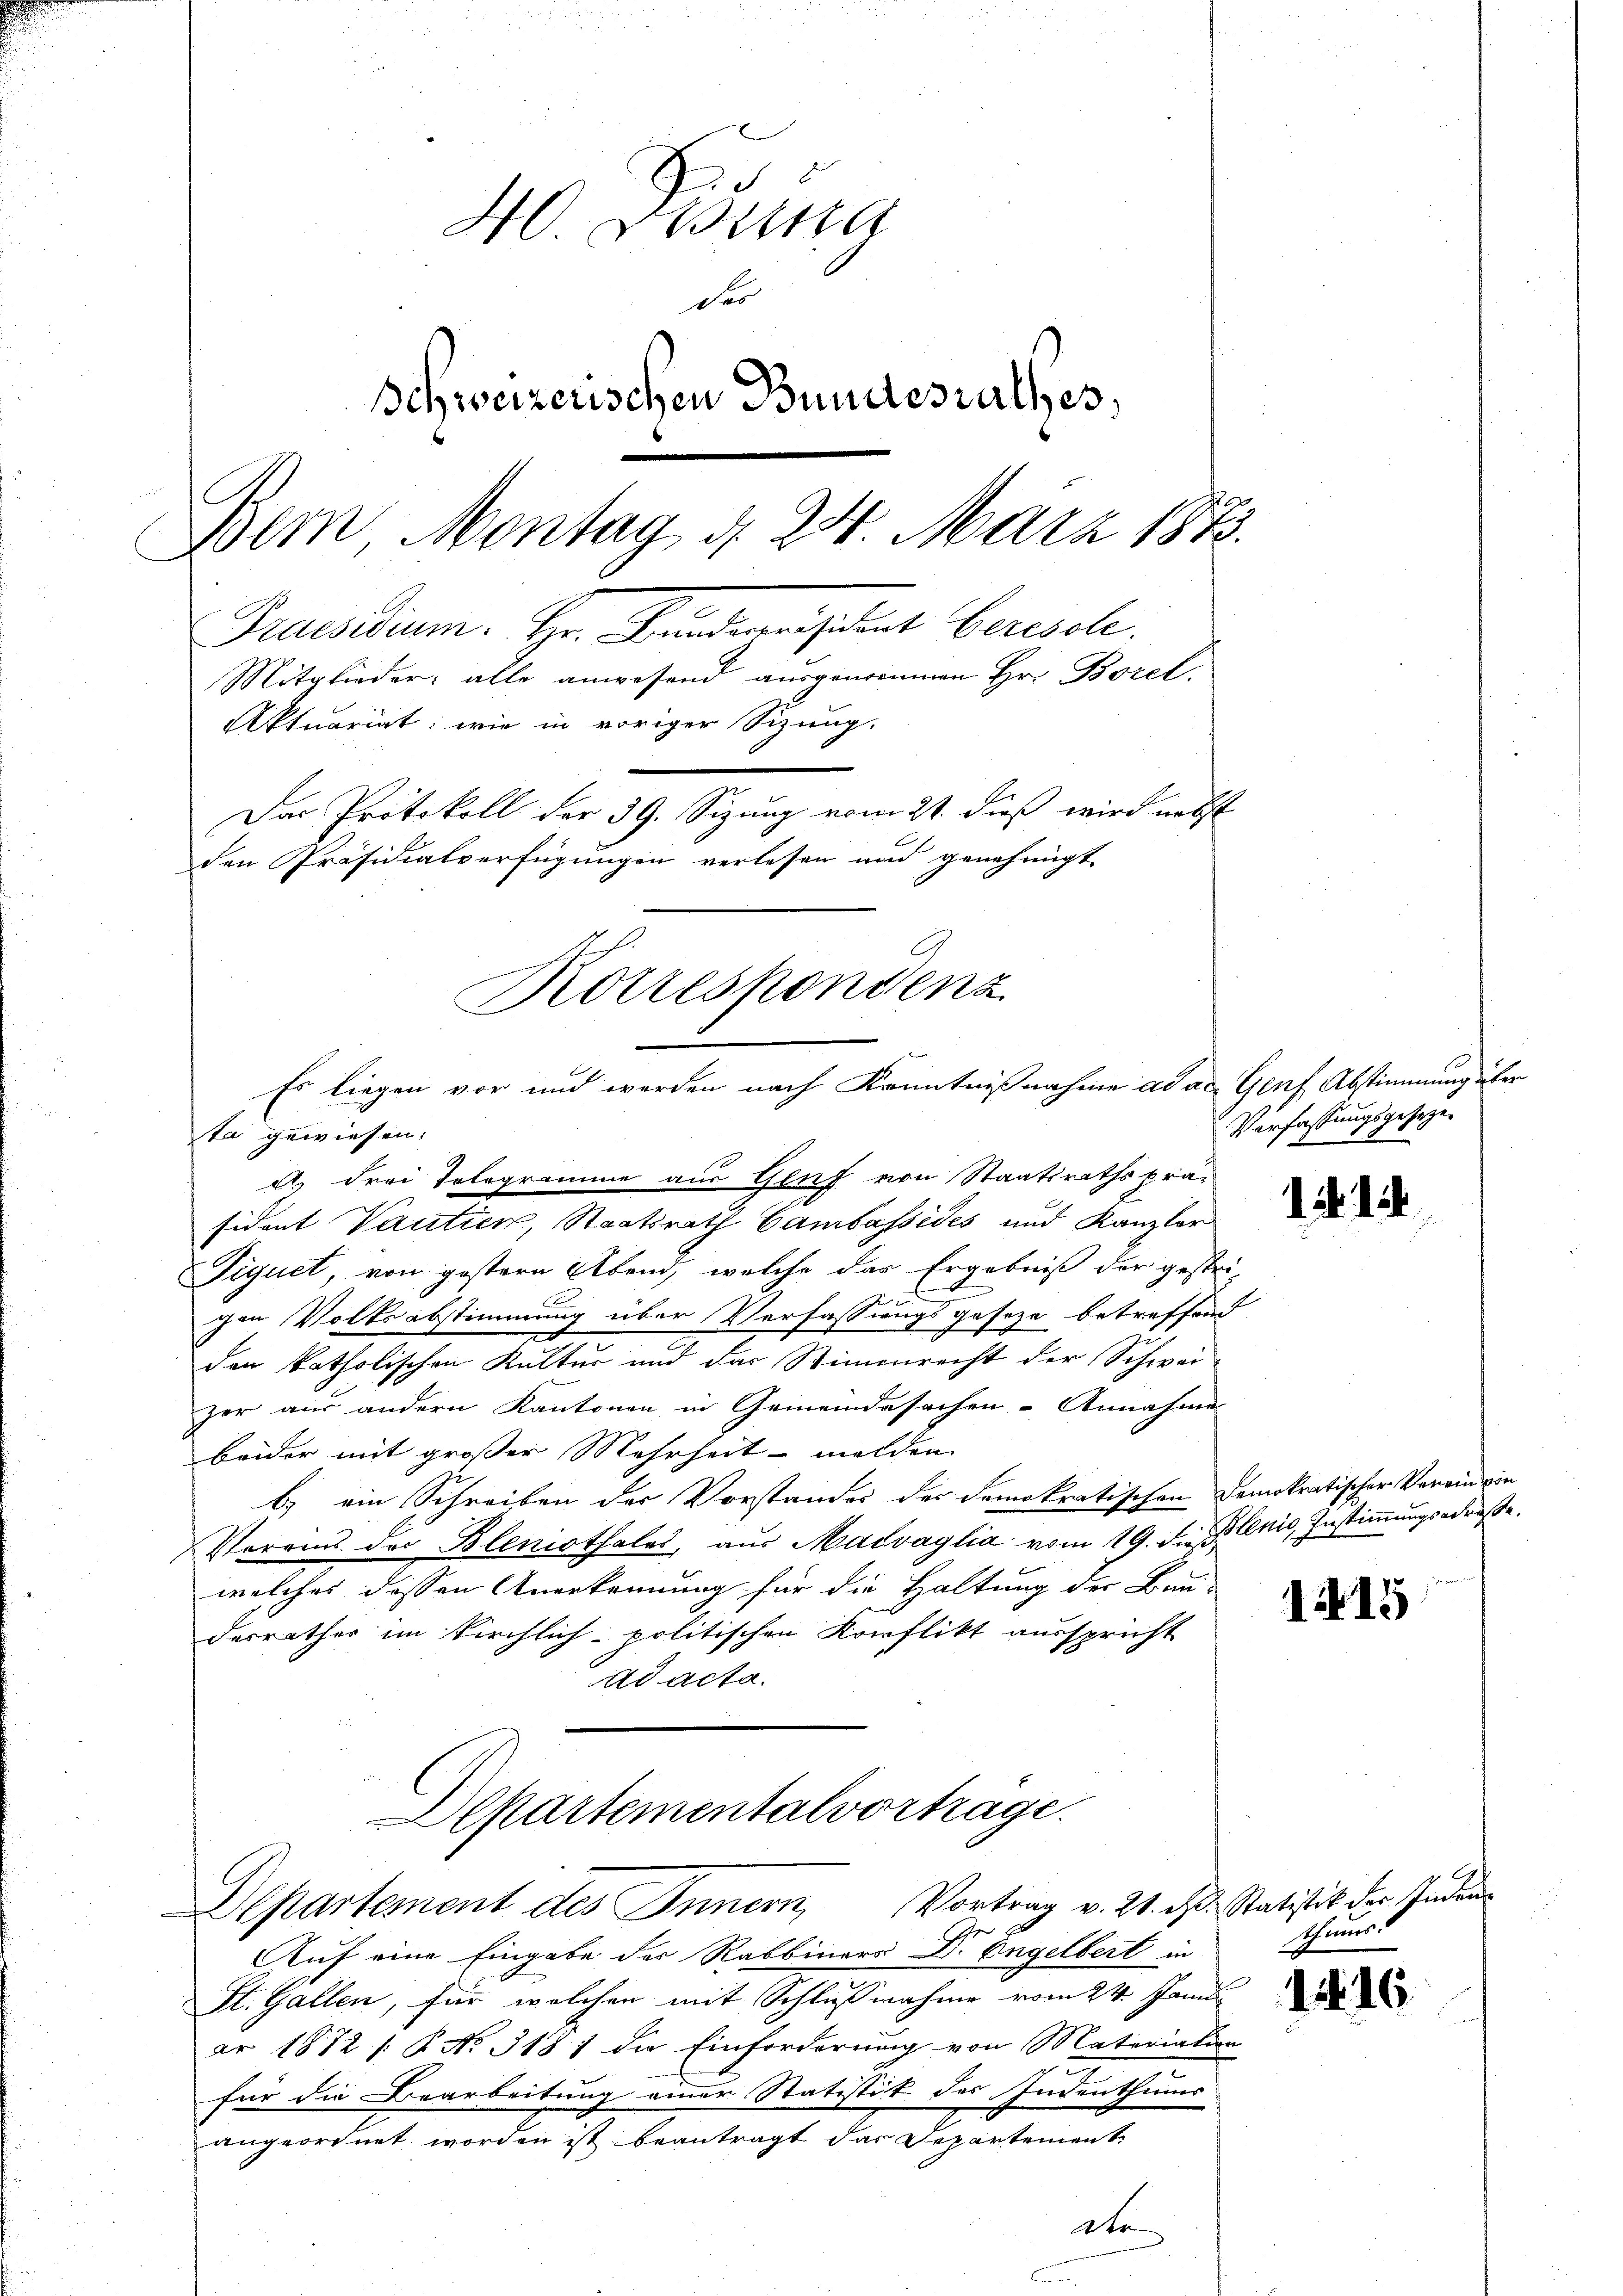
B
des
Schweizerischen Bundesrathes,
Dem Montag d. 24. März 1873.
Praesidium. Hr. Kindeversident berisch.
Mitglieder: alle anwesend ausgenommen Hr. Borel.
Aktuariat: wie in voriger Sizung.
Das Protokoll der 39. Sizung vom 21. dieß wird nebst
den Präsidialverfügungen verlesen und genehmigt

Korrespondenz
.
Es liegen vor und werden nach Kenntnißnahme ad ac. Genf Abstimmung über

ta gewiesen:
d drei Telegramme aus Gluf von Staatsrathspräsident Vantier, Staatsrath Cambassides und Kanzler
Tiquet, von gestern Abend, welche das Ergebniß der gestris
gen Volksabstimmung über Verfassungsgesetze betreffend
den katholischen Kultur und das Stimmrecht der Schwei-
zer aus andern Kantonen in Gemeindesachen - Annahme
beider mit großer Mehrheit melden
1) ein Schreiben der Vorstandes des demokratischen Demokratischer Verein von
Vorrins der Blenisthales, aus Maivaglia vom 19. F. J. Chis, Zustimmungsadreße.
welches dessen Anerkennung für die Haltung der Bau-
desrathes im Kirchlich politischen Konflikt ausspricht
Ad acta.
Departementalvortrage.

Departement des Innern, Vortrag v. 21. ds. Statistik der Indem

Auf eine Eingabe der Rabbiners Dr. Engelbert in
St. Gallen, für welchen mit Schlussnahme vom 24. Janu
ar 1872 s. B. No. 3187 die Einforderung von Materiation
für die Bearbeitung einer Statistik des Indenthums
angeordnet worden ist beantragt das Departement
de

Verfassungsgeseze

1. 14

115

thums
1. 16.